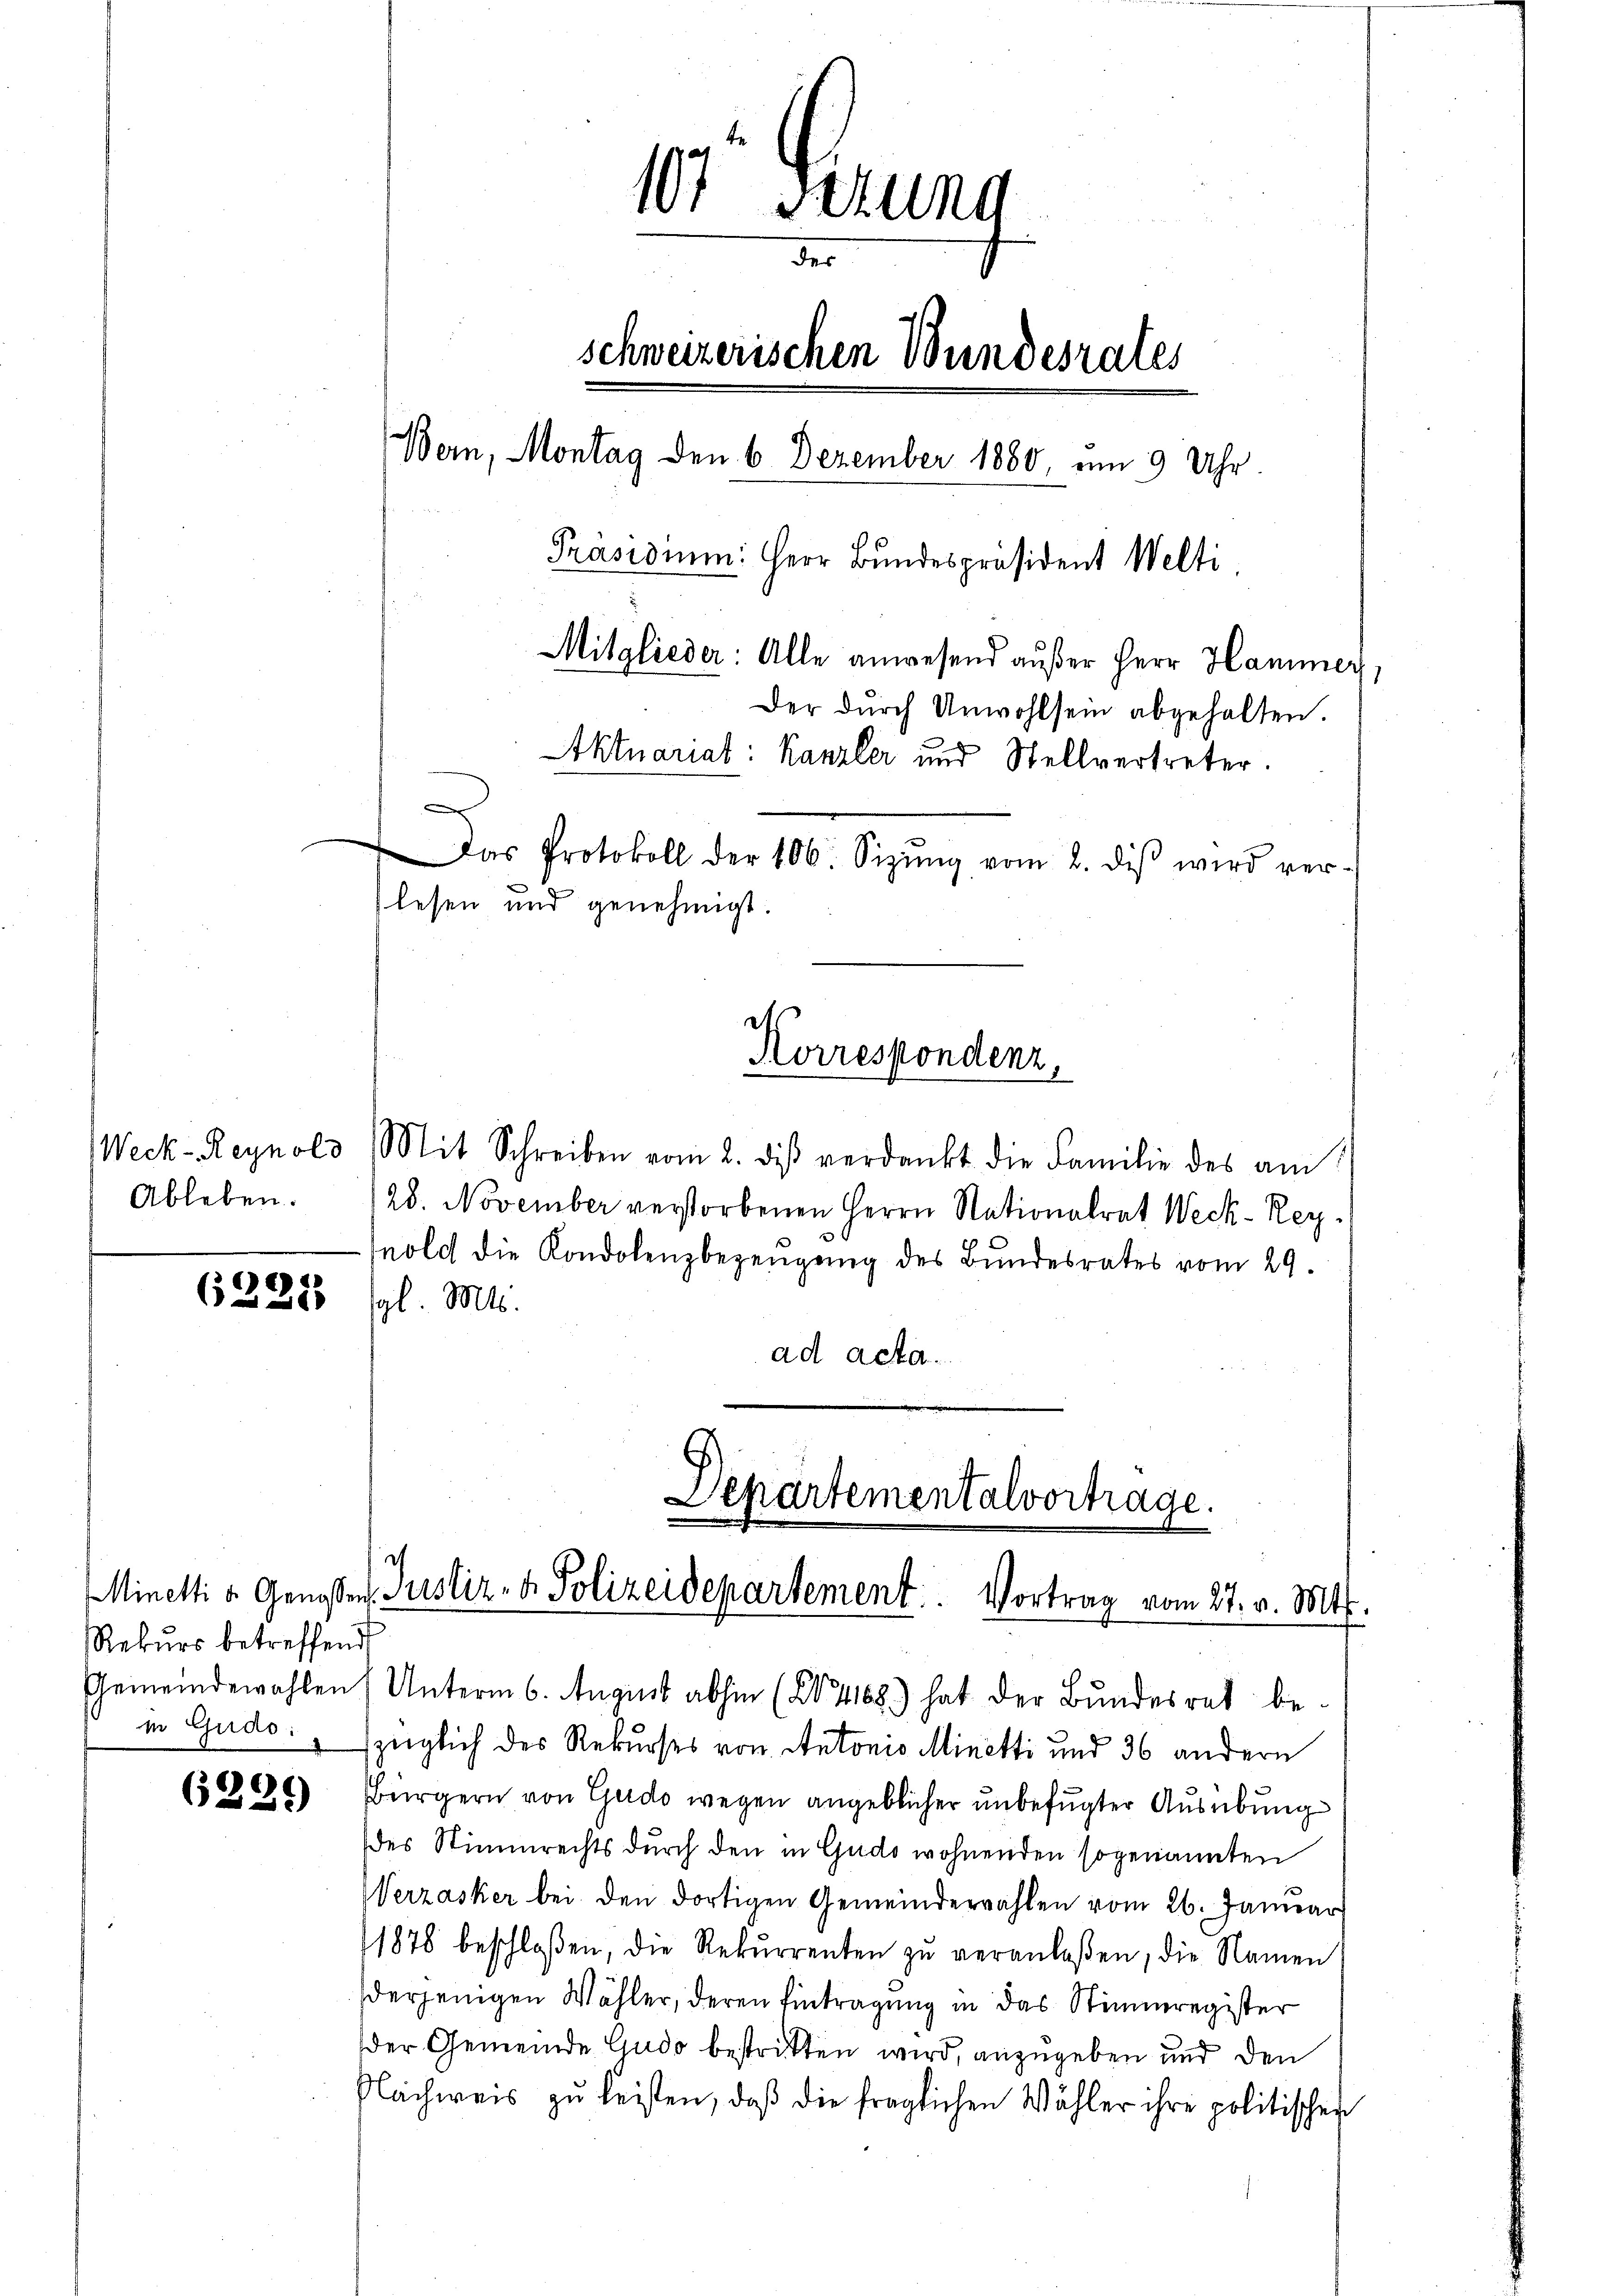
Ableben.

6221

Rekŭrs betreffend

6239)

101 Stund
de
schweizerischen Wundesrates
Bern, Montag den 6. Dezember 1880, um 9 Uhr.
Präsidium. Herr Bundespräsident Welti.
Mitglieder: Alle anwesend außer Herr Hammer,
Der dŭrch Unwohlsein abgehalten.
Aktuariat: Kanzler und Stellvertreter.

Das Protokoll der 106. Sizŭng vom 2. diβ wird ver-
lesen und genehmigt.

Weck-Reynold Mit Schreiben vom 2. diβ verdankt die Familie des am
28. November verstorbenen Herrn Nationalrat Weck-Reynold die Kondolenzbezeugung des Bundesrates vom 29.
gl. Mts.
ad acta.

Korrespondenz,

Departementalvortrage.
Minetti u. Genossen. Justiz- & Polizeidepartement. Vortrag vom 27. v. Mts.

Gemeindewahlen (Unterm 6. August abhin (1468) hat der Bundesrat be-
in Gudo: „ szüglich des Rekurses von Antonis Minetti und 36 andern
Bürgern von Gudo wegen angeblicher unbefugter Ausübung
(des Stimmrechts durch den in Gudo wohnenden sogenannten
Werzasker bei den dortigen Gemeinderwahlen vom 26. Januar
1878 beschloßen, die Rekŭrrenten zŭ veranlaßen, die Namen
derjenigen Wähler, deren Eintragung in das Stimmregister
der Gemeinde Gudo bestritten wird, anzugeben und den
Flachweis zŭ leisten, daβ die fraglichen Wähler ihre politischen